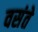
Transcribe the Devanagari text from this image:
वसंते